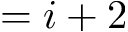
= i + 2